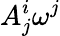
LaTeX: A_{j}^{i}\omega^{j}